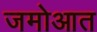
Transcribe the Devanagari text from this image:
जमोआत